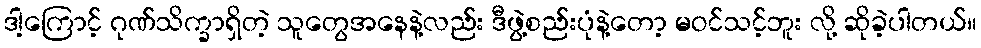
ဒါ့ကြောင့် ဂုဏ်သိက္ခာရှိတဲ့ သူတွေအနေနဲ့လည်း ဒီဖွဲ့စည်းပုံနဲ့တော့ မဝင်သင့်ဘူး လို့ ဆိုခဲ့ပါတယ်။